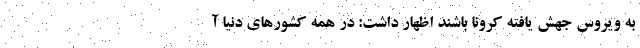
به ویروس جهش یافته کرونا باشند اظهار داشت: در همه کشور‌های دنیا آ